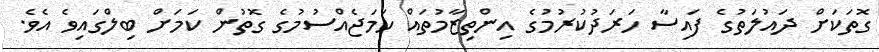
ގޮތަކަށް ދައުލަތުގެ ފައިސާ ހަރަދުކުރުމުގެ އިންތިޒާމުތައް ހަަމަޖެއްސުމުގެ ގޮތުން ކަަމަށް ބިލްގައިވެ އެވެ.